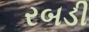
રબડી